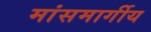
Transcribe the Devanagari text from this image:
मांसमार्गीय